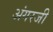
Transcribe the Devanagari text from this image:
अंगरजी